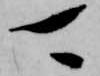
可